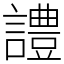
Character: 𧬹